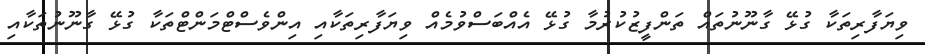
ވިޔަފާރިތަކާ ގުޅޭ ގާނޫނުތައް ތަންފީޒުކުރުމާ ގުޅޭ އެއްބަސްވުމެއް ވިޔަފާރިތަކާއި އިންވެސްޓްމަންޓްތަކާ ގުޅޭ ގާނޫނުތަކާއި